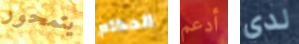
يتمحور الحكام أدعم لدي